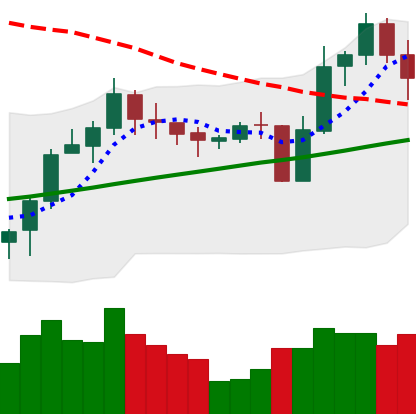
Ticker: LINK-USD
Chart end date: 2020-10-26
Forward return: -4.486%
Label: down_3_5